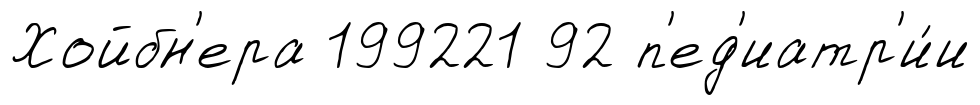
Хойбн'ера 199221 92 п'ед'иатр'и́и